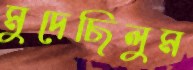
মুদেছিলুম